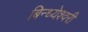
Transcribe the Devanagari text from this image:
बिन्ध्येश्वरी